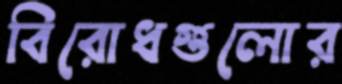
বিরোধগুলোর